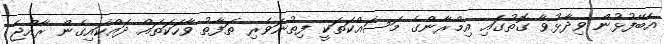
އެބޭފުޅުން ވިދާޅުވާ ގޮތުގައި އިމްރާންގެ މަސައްކަތަކީ ފިތުނަވެރި ތަފާތު ވާހަކަތައް ދައްކައިގެން ރާއްޖެ